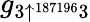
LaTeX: g_{3\uparrow^{187196}3}